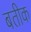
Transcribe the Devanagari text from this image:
बतीक